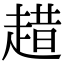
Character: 趞